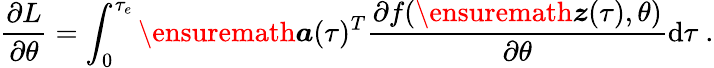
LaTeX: \frac{\partial L}{\partial\theta}=\int_{0}^{\tau_{e}}\ensuremath{\boldsymbol{a}}(\tau)^{T}\frac{\partial f(\ensuremath{\boldsymbol{z}}(\tau),\theta)}{\partial\theta}\mathrm{d}\tau\ .